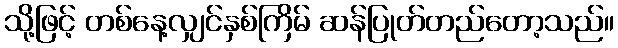
သို့ဖြင့် တစ်နေ့လျှင်နှစ်ကြိမ် ဆန်ပြုတ်တည်တော့သည်။